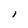
Character: i